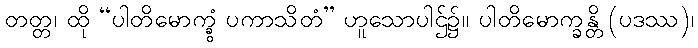
တတ္တ၊ ထို “ပါတိမောက္ခွံ ပကာသိတံ” ဟူသောပါဌ်၌။ ပါတိမောက္ခန္တိ (ပဒဿ)၊